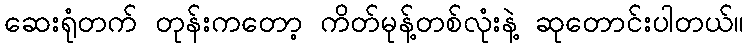
ဆေးရုံတက် တုန်းကတော့ ကိတ်မုန့်တစ်လုံးနဲ့ ဆုတောင်းပါတယ်။